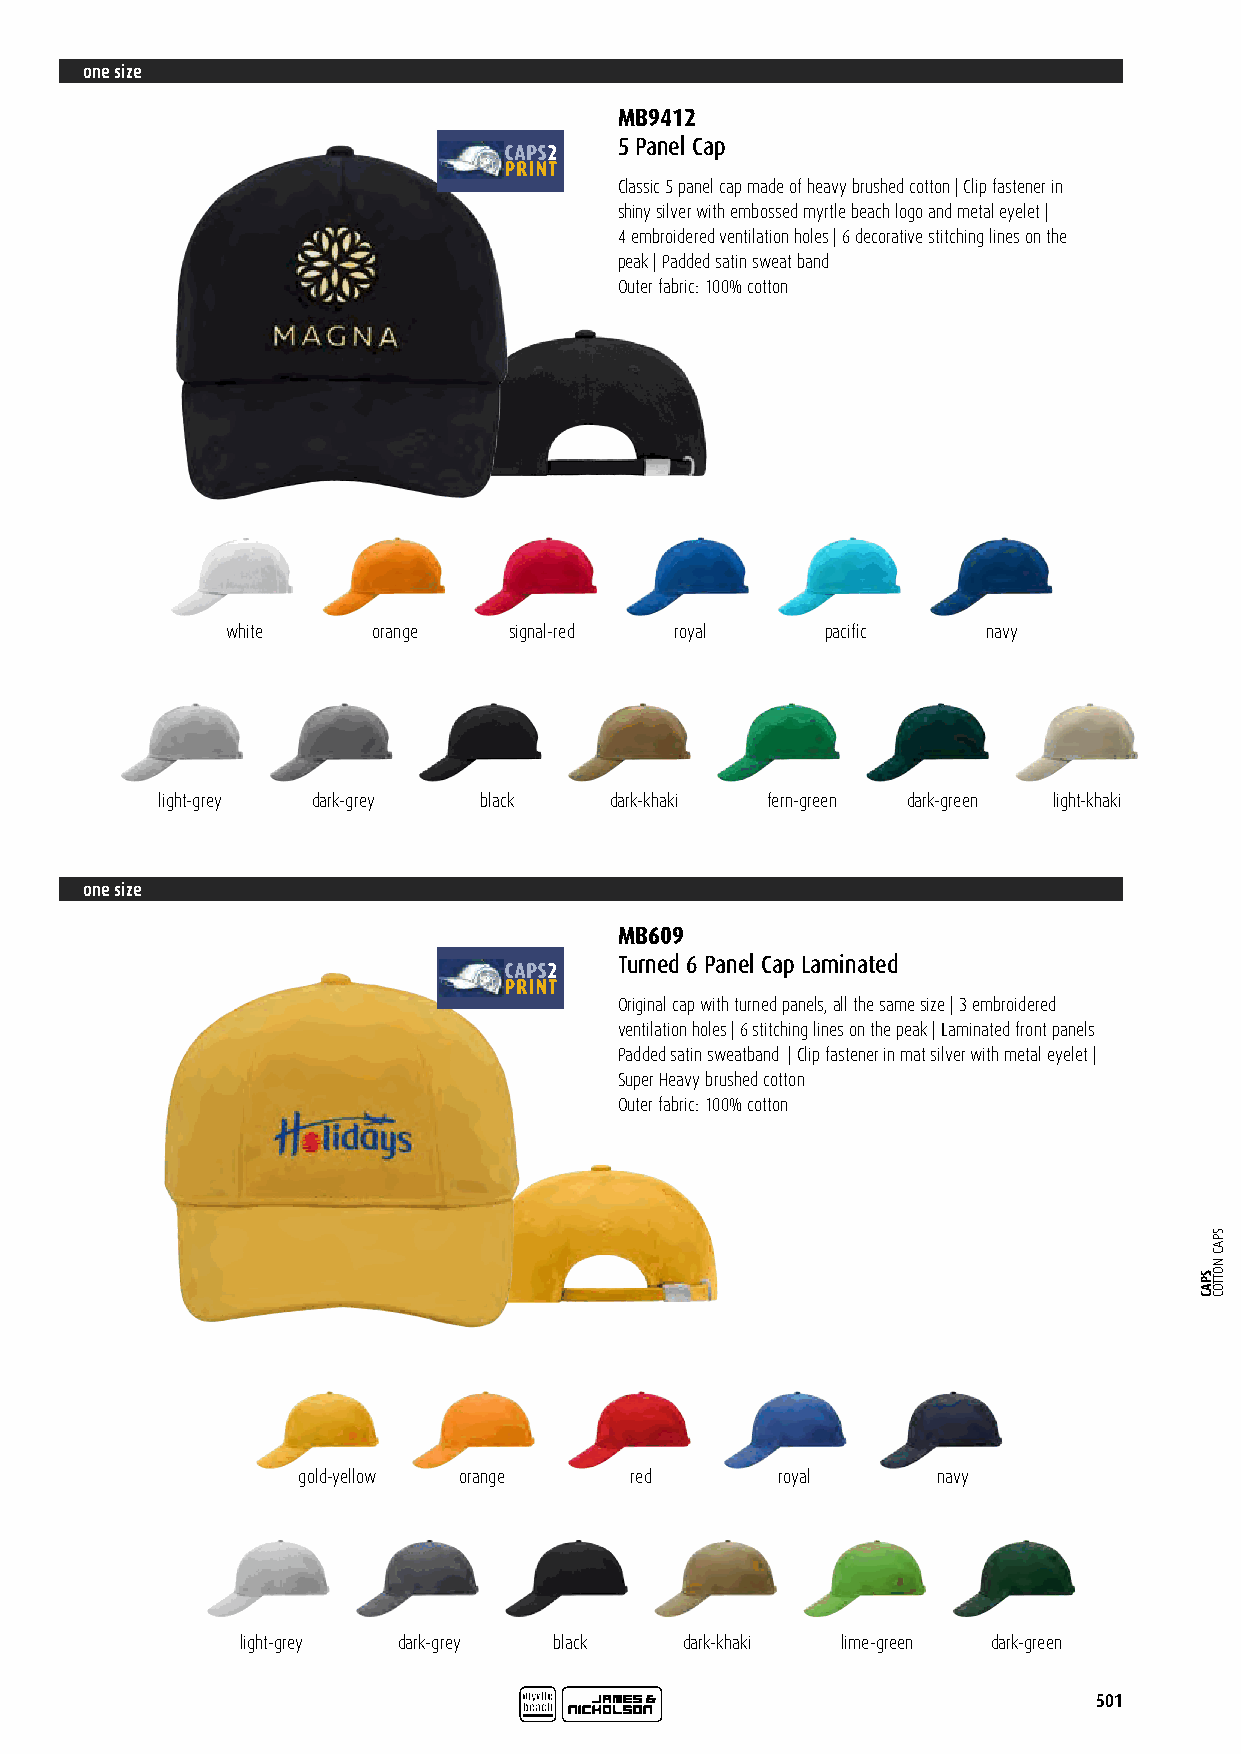
one size
 MB9412
 5 Panel Cap
 Classic 5 panel cap made of heavy brushed cotton | Clip fastener in
 shiny silver with embossed myrtle beach logo and metal eyelet |
 4 embroidered ventilation holes | 6 decorative stitching lines on the
 peak | Padded satin sweat band
 Outer fabric: 100% cotton
 white     orange   signal-red royal     pacific   navy
 light-grey dark-grey  black   dark-khaki fern-green dark-green light-khaki
 one size
 MB609
 Turned 6 Panel Cap Laminated
 Original cap with turned panels, all the same size | 3 embroidered
 ventilation holes | 6 stitching lines on the peak | Laminated front panels
 Padded satin sweatband | Clip fastener in mat silver with metal eyelet |
 Super Heavy brushed cotton
 Outer fabric: 100% cotton
 gold-yellow orange    red       royal     navy
 light-grey dark-grey black   dark-khaki lime-green dark-green
 501
 SPAC
 SPAC
 NOTTOC